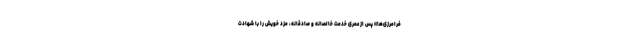
فرامرزی‌ها» پس از عمری خدمت خالصانه و صادقانه، مزد خویش را با شهادت